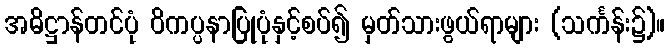
အဓိဋ္ဌာန်တင်ပုံ ဝိကပ္ပနာပြုပုံနှင့်စပ်၍ မှတ်သားဖွယ်ရာများ (သင်္ကန်း၌)။